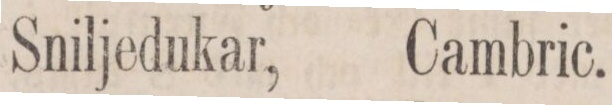
Sniljedukar,    Cambric.